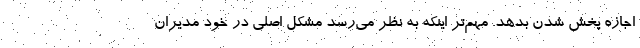
اجازه پخش شدن بدهد. مهم‌تر اینکه به نظر می‌رسد مشکل اصلی در خود مدیران